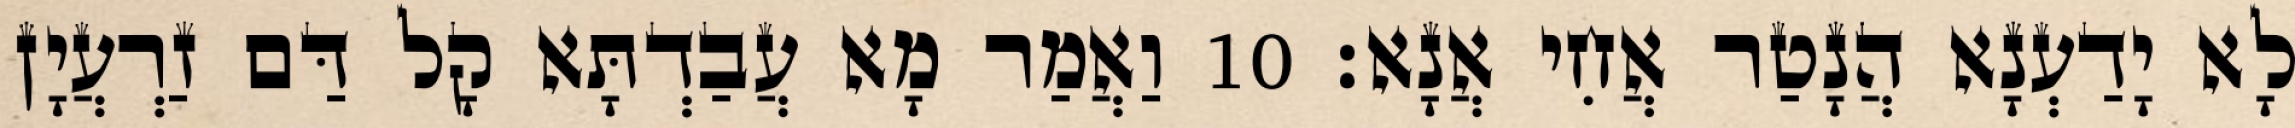
לָא יָדַעְנָא הֲנָטַר אֲחִי אֲנָא׃ 10 וַאֲמַר מָא עֲבַדְתָּא קָל דַּם זַרְעֲיָן